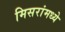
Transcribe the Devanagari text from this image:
मिसरांमध्ये